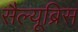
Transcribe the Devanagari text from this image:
सैल्यूब्रिस